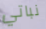
نباتي